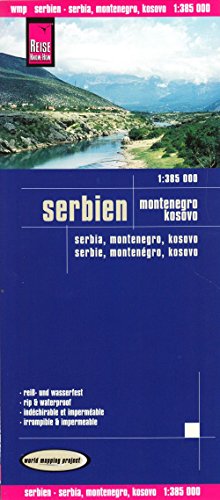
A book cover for Serbia/Montenegro/Kosovo; Reise Know-How Verlag; Travel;